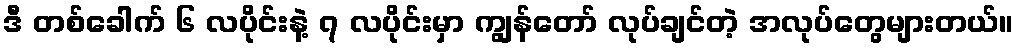
ဒီ တစ်ခေါက် ၆ လပိုင်းနဲ့ ၇ လပိုင်းမှာ ကျွန်တော် လုပ်ချင်တဲ့ အလုပ်တွေများတယ်။